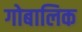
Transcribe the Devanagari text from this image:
गोबालिक